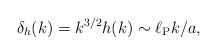
\begin{align*}\delta_h (k) = k^{3/2} h(k) \sim \ell_{\rm P} k/a,\end{align*}